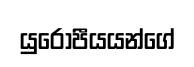
යුරෝපීයයන්ගේ